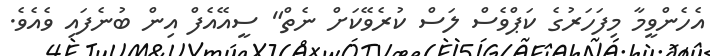
އެހެންވީމާ މިފަހަރުގެ ކަޕްވެސް ލަސް ކުރެވޭކަށް ނެތް" ސީއޭއެފް އިން ބުނެފައި ވެއެވެ.